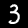
Label: 3